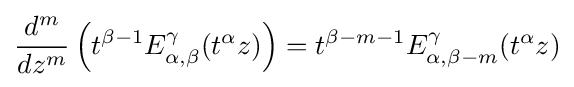
{\frac {d^{m}}{dz^{m}}}\left(t^{\beta -1}E_{\alpha ,\beta }^{\gamma }(t^{\alpha }z)\right)=t^{\beta -m-1}E_{\alpha ,\beta -m}^{\gamma }(t^{\alpha }z)